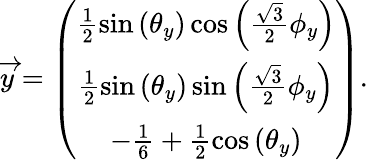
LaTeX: \begin{array}{r}{\overrightarrow{y}=\left(\begin{array}{c}{\frac{1}{2}\sin\left(\theta_{y}\right)\cos\left(\frac{\sqrt{3}}{2}\phi_{y}\right)}\\ {\frac{1}{2}\sin\left(\theta_{y}\right)\sin\left(\frac{\sqrt{3}}{2}\phi_{y}\right)}\\ {-\frac{1}{6}+\frac{1}{2}\cos\left(\theta_{y}\right)}\end{array}\right).}\end{array}